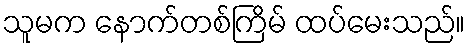
သူမက နောက်တစ်ကြိမ် ထပ်မေးသည်။